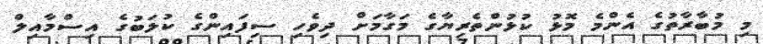
މި މުބާރާތުގެ އެންމެ މޮޅު ކުޅުންތެރިޔާގެ މަގާމަށް ދިވެހި ސިފައިންގެ ކުލަބުގެ އިސްމާއިލް